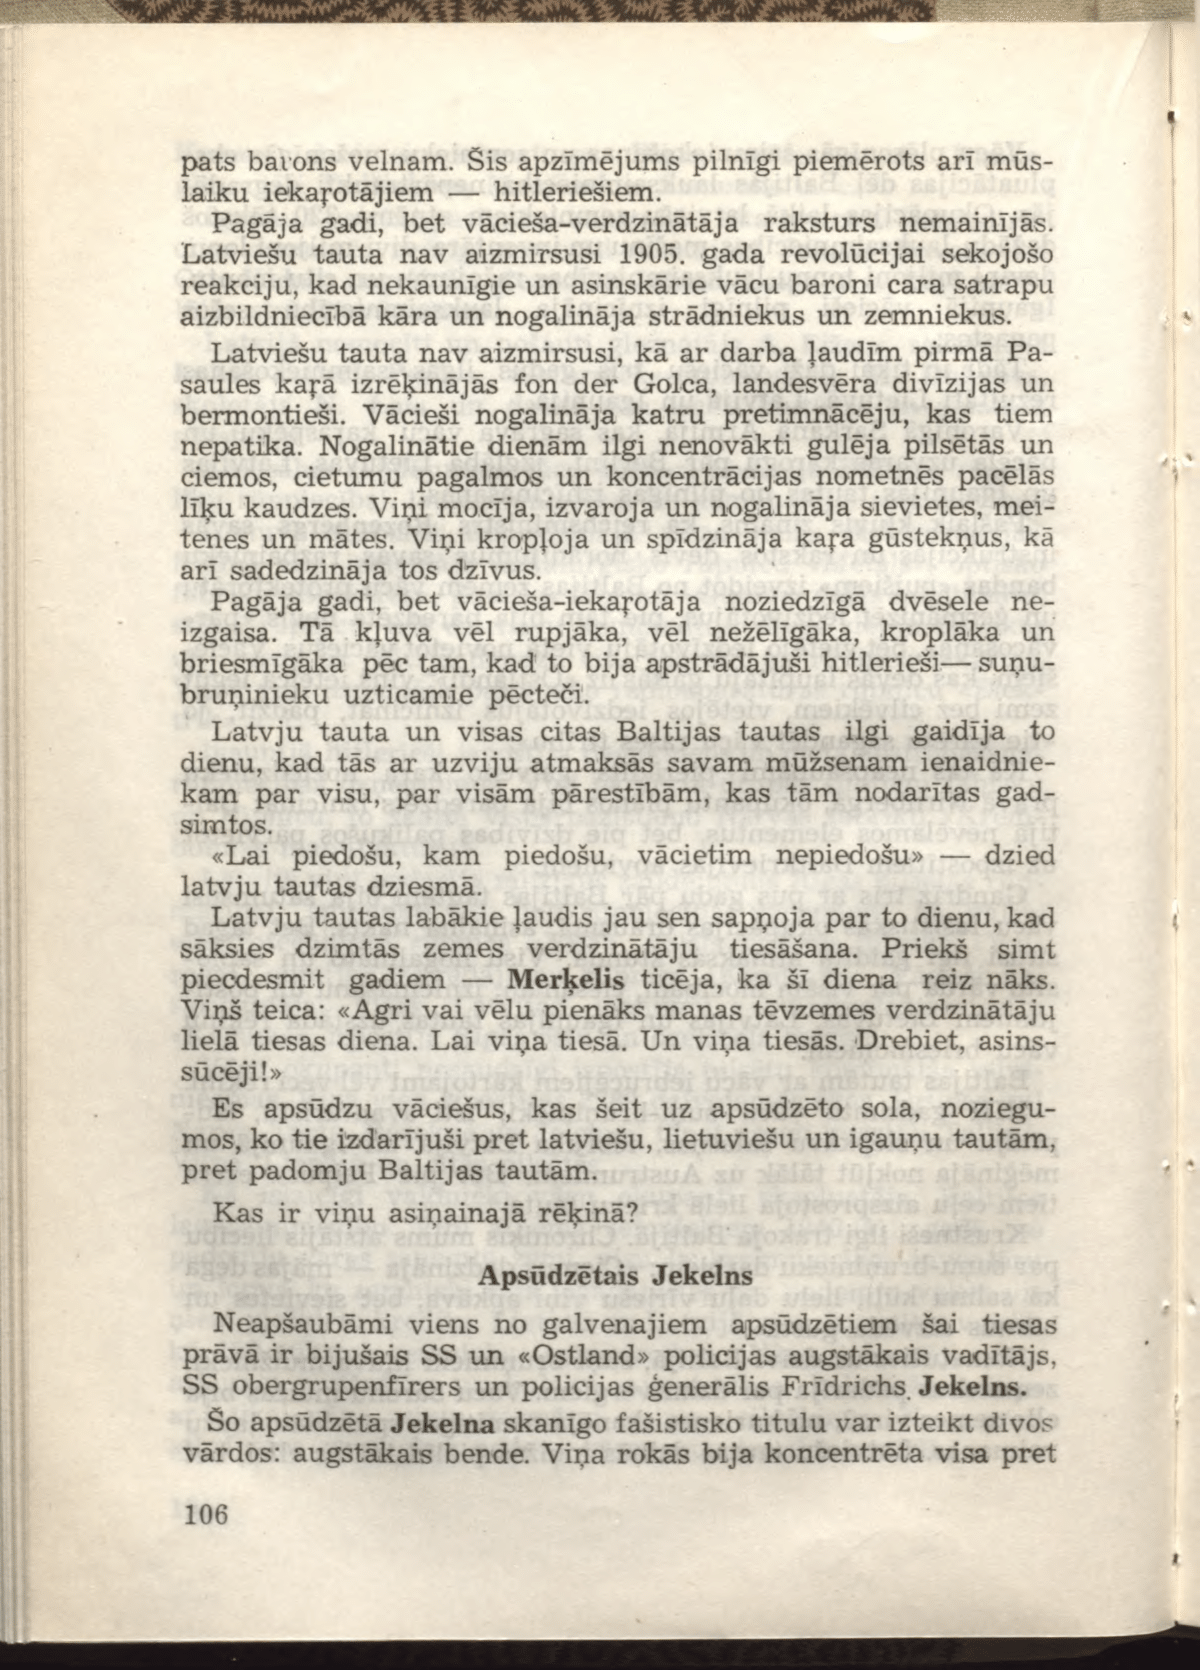
Language: lv